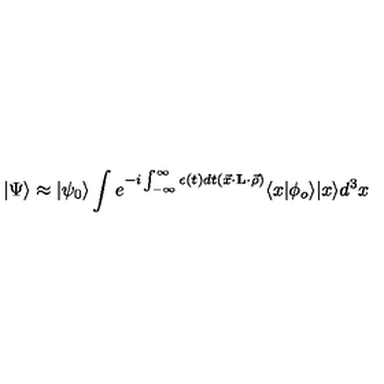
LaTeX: | \Psi \rangle \approx | \psi _ { 0 } \rangle \int e ^ { - i \int _ { - \infty } ^ { \infty } \epsilon ( t ) d t { } ( \vec { x } \cdot { \bf L } \cdot \vec { \rho } ) } \langle x | \phi _ { o } \rangle | x \rangle d ^ { 3 } x